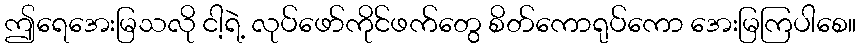
ဤရေအေးမြသလို ငါ့ရဲ့ လုပ်ဖော်ကိုင်ဖက်တွေ စိတ်ကောရုပ်ကော အေးမြကြပါစေ။